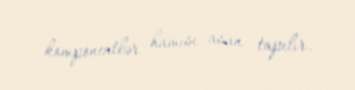
komponentlər hamısı asan tapılır.